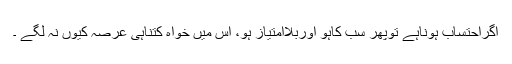
اگراحتساب ہوناہے توپھر سب کاہو اوربلاامتیاز ہو، اِس میں خواہ کتناہی عرصہ کیوں نہ لگے ۔